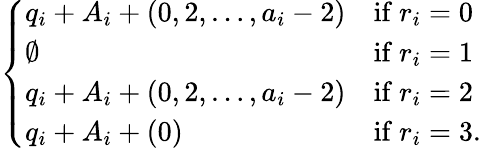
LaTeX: \left\{ \begin{array}{ll}{q_{i}+A_{i}+(0,2,\dots,a_{i}-2)}&{\mathrm{if~}r_{i}=0}\\ {\emptyset}&{\mathrm{if~}r_{i}=1}\\ {q_{i}+A_{i}+(0,2,\dots,a_{i}-2)}&{\mathrm{if~}r_{i}=2}\\ {q_{i}+A_{i}+(0)}&{\mathrm{if~}r_{i}=3.}\end{array}\right.